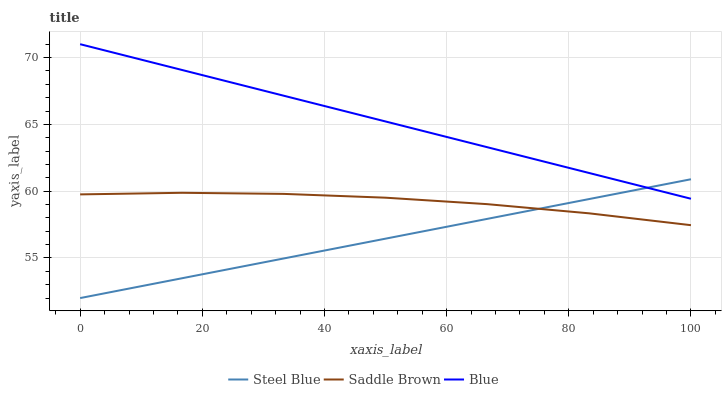
| xaxis_label | Steel Blue | Saddle Brown | Blue |
 | --- | --- | --- | --- |
 | 0 | 52 | 59.8 | 71 |
 | 16.7 | 53.5 | 59.9 | 69.1 |
 | 33.3 | 55 | 59.8 | 67.1 |
 | 50 | 56.4 | 59.5 | 65.2 |
 | 66.7 | 57.9 | 59 | 63.3 |
 | 83.3 | 59.4 | 58.3 | 61.4 |
 | 100 | 60.9 | 57.5 | 59.4 |